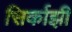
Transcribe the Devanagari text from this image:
सिर्काझी